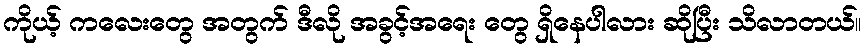
ကိုယ့် ကလေးတွေ အတွက် ဒီလို အခွင့်အရေး တွေ ရှိနေပါလား ဆိုပြီး သိလာတယ်။